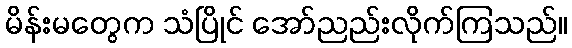
မိန်းမတွေက သံပြိုင် အော်ညည်းလိုက်ကြသည်။